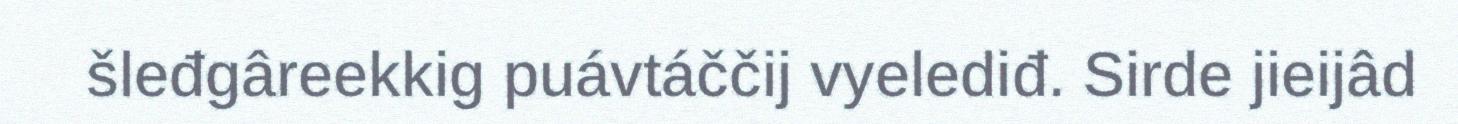
šleđgâreekkig puávtáččij vyelediđ. Sirde jieijâd